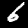
Digit: 6